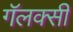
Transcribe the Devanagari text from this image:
गॅलक्सी